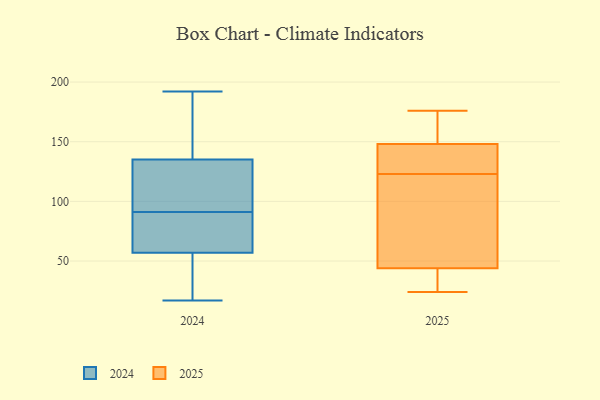
{"axis": {"x": "Bounce Rate (%)", "y": "Value"}, "legend": ["2024", "2025"], "data": [{"x": "", "y": 17, "type": "2024"}, {"x": "", "y": 111, "type": "2024"}, {"x": "", "y": 135, "type": "2024"}, {"x": "", "y": 86, "type": "2024"}, {"x": "", "y": 111, "type": "2024"}, {"x": "", "y": 192, "type": "2024"}, {"x": "", "y": 35, "type": "2024"}, {"x": "", "y": 89, "type": "2024"}, {"x": "", "y": 140, "type": "2024"}, {"x": "", "y": 102, "type": "2024"}, {"x": "", "y": 29, "type": "2024"}, {"x": "", "y": 57, "type": "2024"}, {"x": "", "y": 161, "type": "2024"}, {"x": "", "y": 75, "type": "2024"}, {"x": "", "y": 93, "type": "2024"}, {"x": "", "y": 59, "type": "2024"}, {"x": "", "y": 138, "type": "2024"}, {"x": "", "y": 20, "type": "2024"}, {"x": "", "y": 24, "type": "2025"}, {"x": "", "y": 121, "type": "2025"}, {"x": "", "y": 49, "type": "2025"}, {"x": "", "y": 125, "type": "2025"}, {"x": "", "y": 138, "type": "2025"}, {"x": "", "y": 142, "type": "2025"}, {"x": "", "y": 112, "type": "2025"}, {"x": "", "y": 36, "type": "2025"}, {"x": "", "y": 154, "type": "2025"}, {"x": "", "y": 39, "type": "2025"}, {"x": "", "y": 169, "type": "2025"}, {"x": "", "y": 176, "type": "2025"}]}